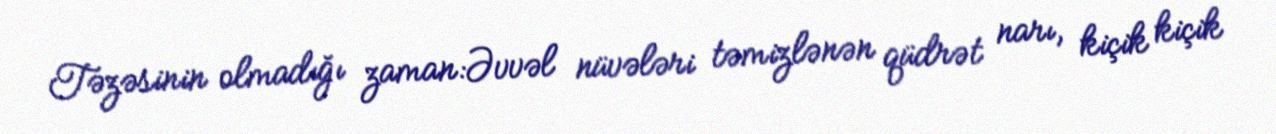
Təzəsinin olmadığı zaman:Əvvəl nüvələri təmizlənən qüdrət narı, kiçik kiçik